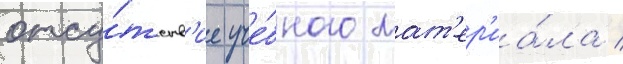
отсу́тств'ие уче́бного мат'ер'иа́ла /